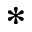
^ { \ast }